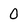
Character: 0